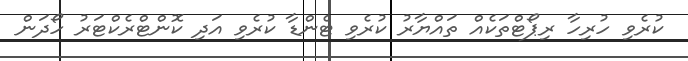
ކުރެވި ހުރިހާ ރިޕޯޓްތަކެއް ތައްޔާރު ކުރެވި ޓެންޑާ ކުރެވި އަދި ކޮންޓްރެކްޓަރު ހޯދަން